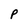
Character: P